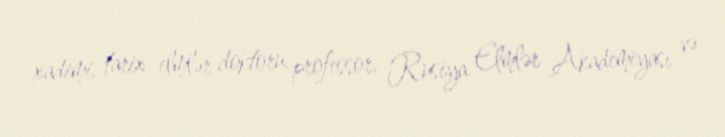
xadimi, tarix elmlər doktoru, professor, Rusiya Elmlər Akademiyası və